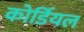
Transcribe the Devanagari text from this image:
कोर्डियल